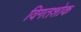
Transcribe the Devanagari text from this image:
विगतशोक